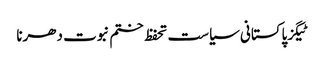
ٹیگزپاکستانی سیاست تحفظ ختم نبوت دھرنا